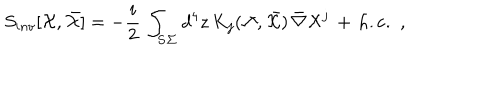
S _ { i n v } [ { \cal X } , \bar { { \cal X } } ] = - { \frac { i } { 2 } } \, \int _ { \bf { S \Sigma } } d ^ { 4 } z \, K _ { j } ( { \cal X } , \bar { { \cal X } } ) \, \bar { \nabla } { \cal X } ^ { j } \, + \, \mathrm { h . c . } \ \ ,